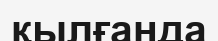
қылғанда